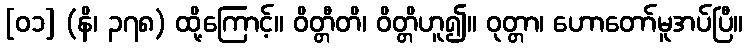
[၀၁] (နိ၊ ၃၇၈) ထို့ကြောင့်။ ဝိတ္တီတိ၊ ဝိတ္တိဟူ၍။ ဝုတ္တာ၊ ဟောတော်မူအပ်ပြီ။